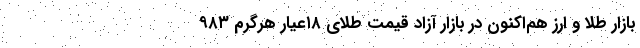
بازار طلا و ارز هم‌اکنون در بازار آزاد قیمت طلای ۱۸عیار هرگرم ۹۸۳